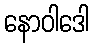
နောဝါဒေါ